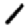
Digit: 1